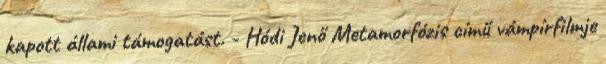
kapott állami támogatást. - Hódi Jenő Metamorfózis című vámpírfilmje